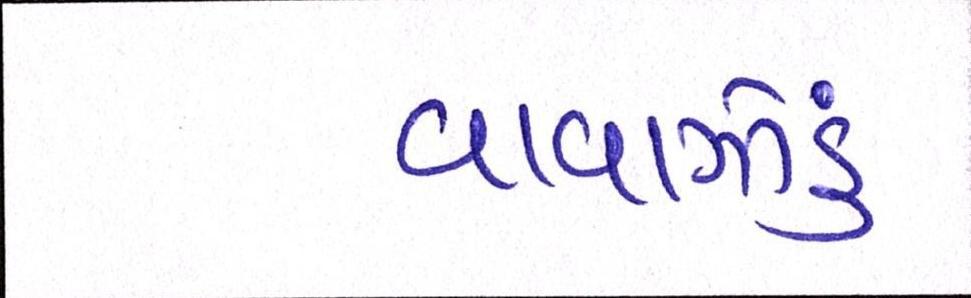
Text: વાવાઝોડું